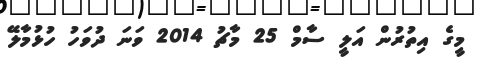
މީގެ އިތުރުން އަލީ ސާމް 25 މާޗު 2014 ވަނަ ދުވަހު ހުޅުމާލޭ